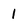
Character: I